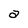
Character: a